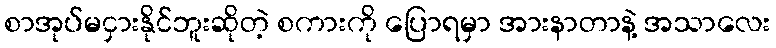
စာအုပ်မငှားနိုင်ဘူးဆိုတဲ့ စကားကို ပြောရမှာ အားနာတာနဲ့ အသာလေး